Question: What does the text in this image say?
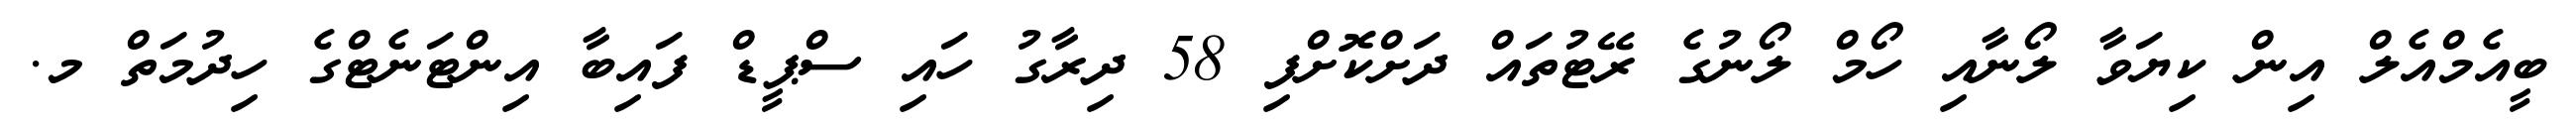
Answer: ބީއެމްއެލް އިން ކިޔަވާ ލޯނާއި ހޯމް ލޯނުގެ ރޭޓުތައް ދަށްކޮށްފި 58 ދިރާގު ހައި ސްޕީޑް ފައިބާ އިންޓަނެޓްގެ ހިދުމަތް މ.